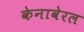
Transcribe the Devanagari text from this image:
केनावेरल